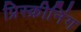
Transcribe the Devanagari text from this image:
प्रिस्क्रीनिंग